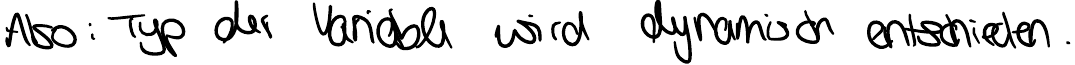
Also : Typ der Variable wird dynamisch entschieden.